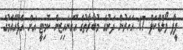
ފީފާ ވޯލްޑްކަޕް 17 އަހަރުން ދަށުގެ މުބާރާތުގެ އޮގަނައިޒިން ކޮމިޓީ އަށް އެފްއޭއެމުގެ